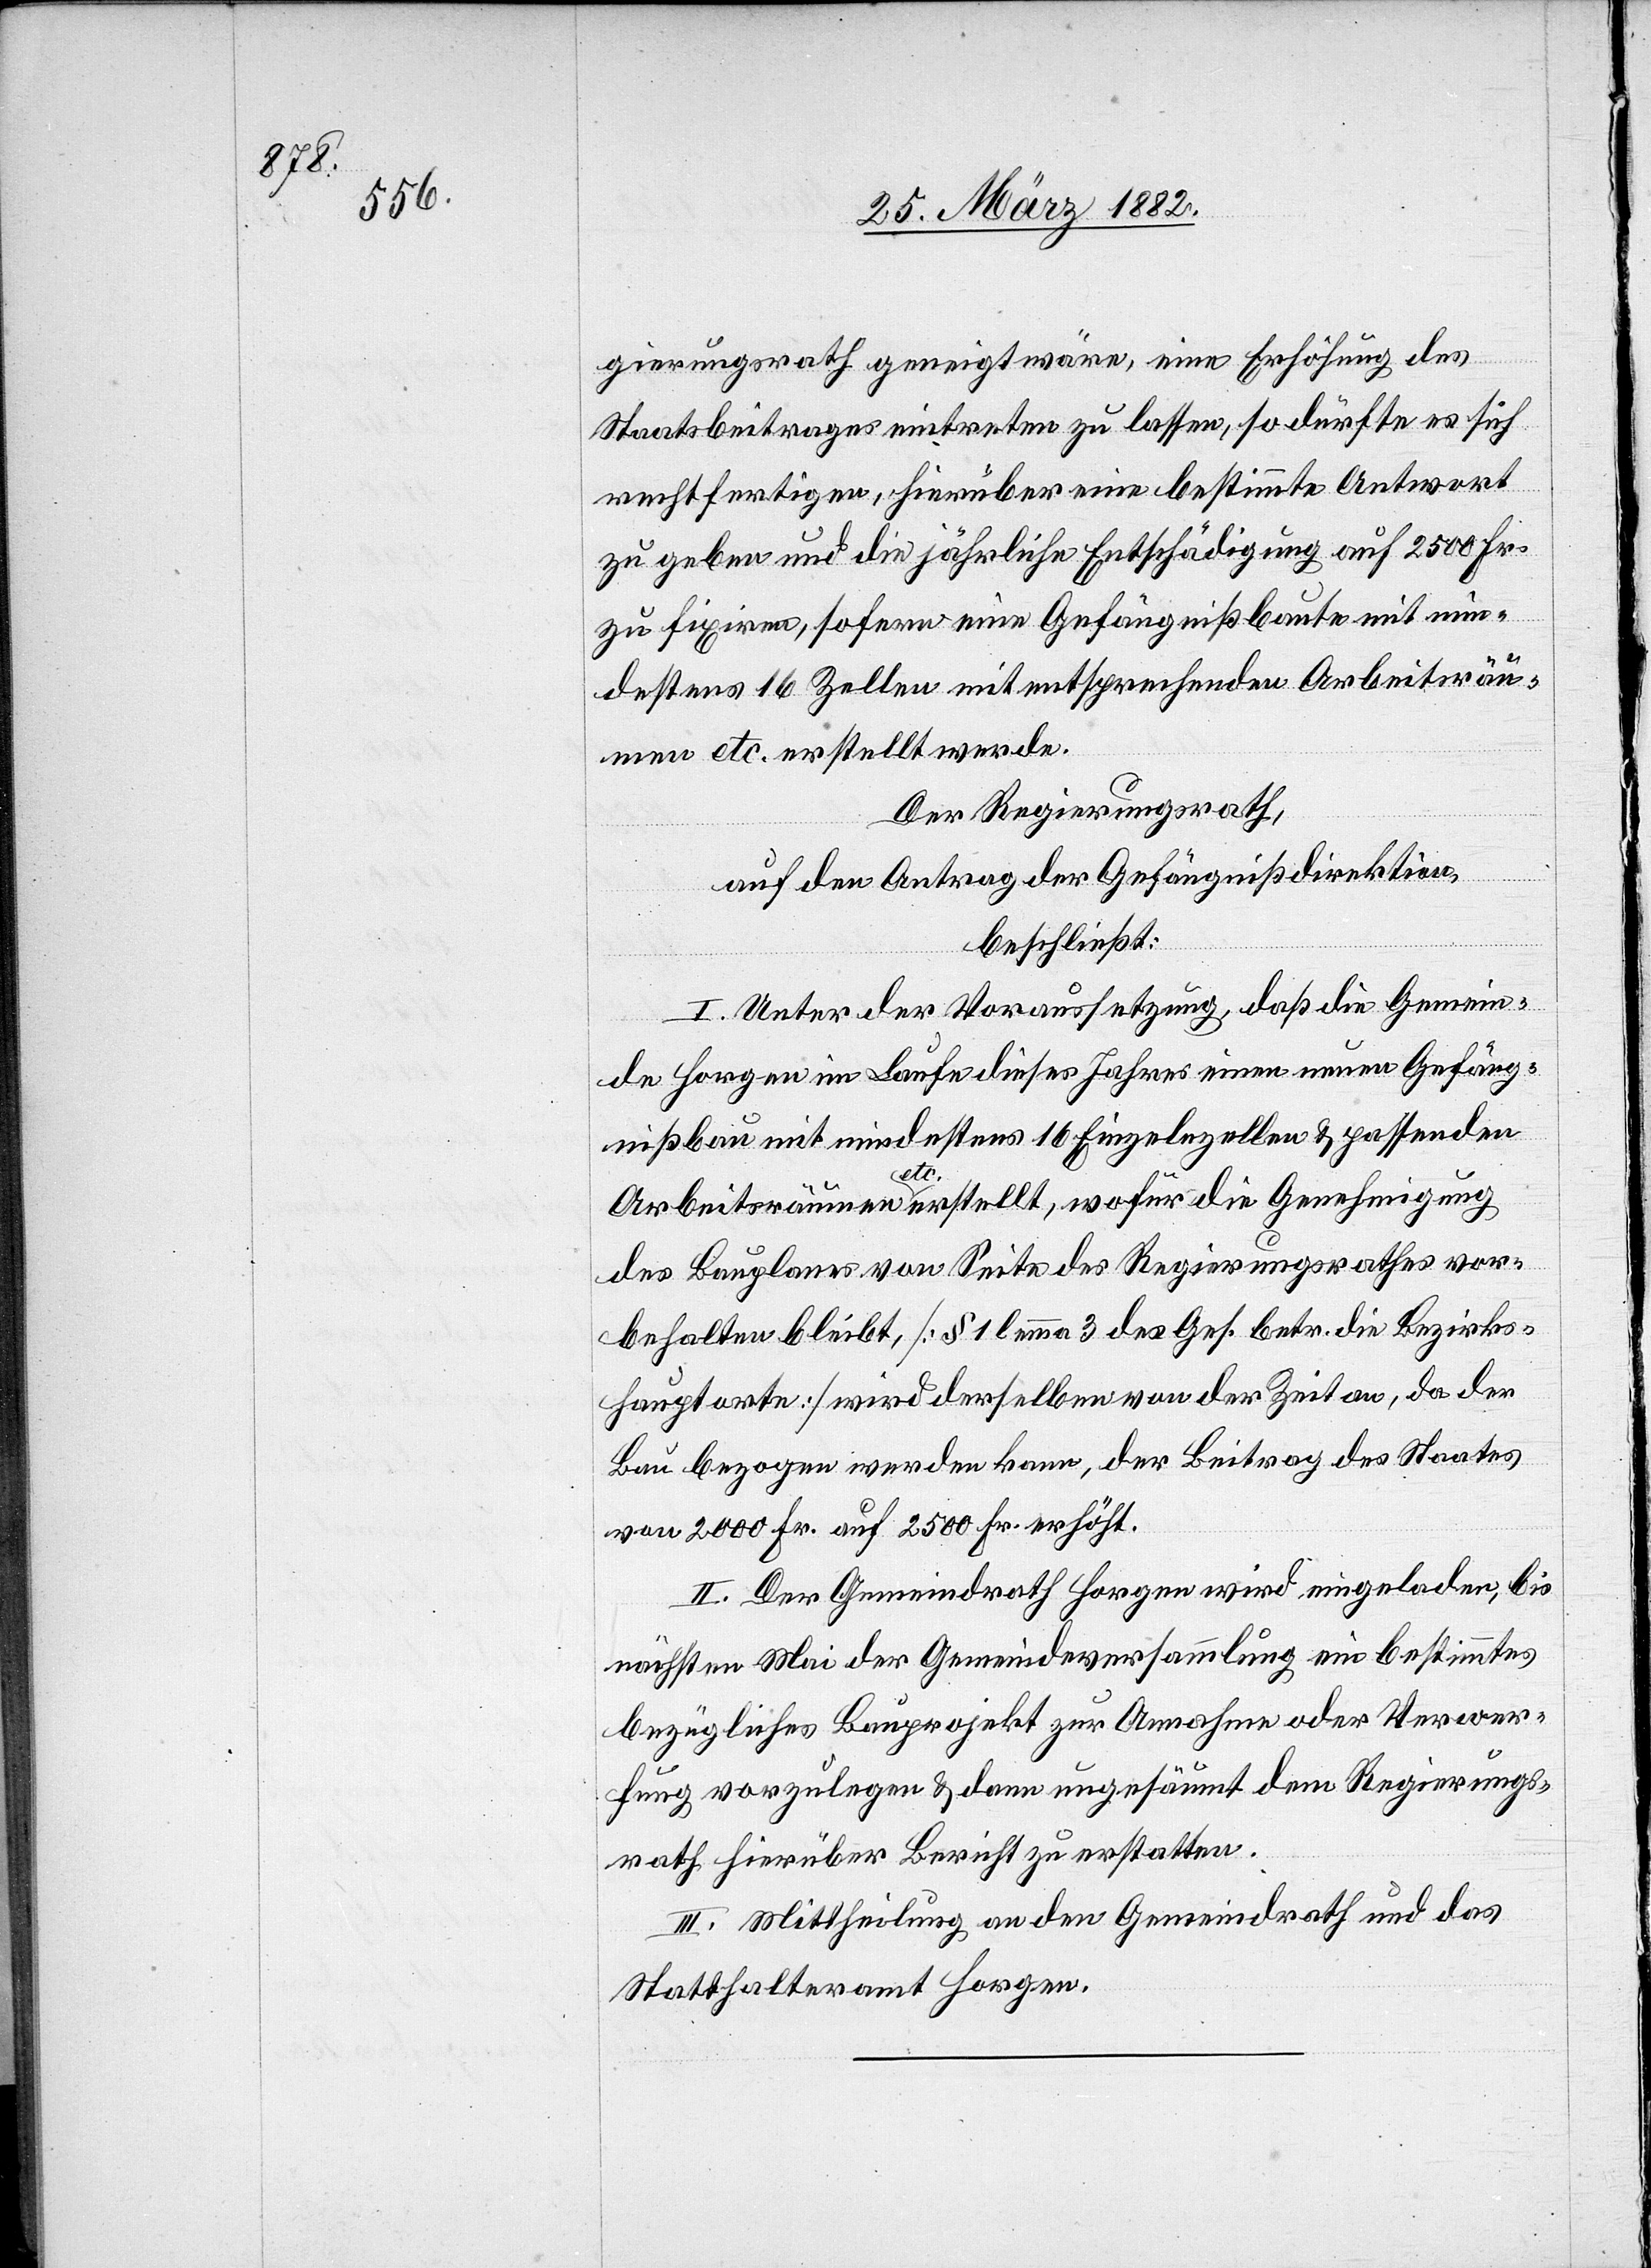
gierungsrath geneigt wäre, eine Erhöhung des
Staatsbeitrages eintreten zu lassen, so dürfte es sich
rechtfertigen, hierüber eine bestimmte Antwort
zu geben und die jährliche Entschädigung auf 2500 Fr.
zu fixiren, sofern eine Gefängnißbaute mit min¬
destens 16 Zellen mit entsprechenden Arbeitsräu¬
men etc. erstellt werde.
Der Regierungsrath,
auf den Antrag der Gefängnißdirektion,
beschließt:
I. Unter der Voraussetzung, daß die Gemein¬
de Horgen im Laufe dieses Jahres einen neuen Gefäng¬
nißbau mit mindestens 16 Einzelzellen & passenden
Arbeitsräumen a-etc.-a erstellt, wofür die Genehmigung
des Bauplanes von Seite des Regierungsrathes vor¬
behalten bleibt, [§ 1 lemma 3 des Ges. betr. die Bezirks¬
hauptorte] wird derselben von der Zeit an, da der
Bau bezogen werden kann, der Beitrag des Staates
von 2000 Fr. auf 2500 Fr. erhöht.
II. Der Gemeindrath Horgen wird eingeladen, bis
nächsten Mai der Gemeindeversammlung ein bestimmtes
bezügliches Bauprojekt zur Annahme oder Verwer¬
fung vorzulegen & dann ungesäumt dem Regierungs¬
rath hierüber Bericht zu erstatten.
III. Mittheilung an den Gemeindrath und das
Statthalteramt Horgen.